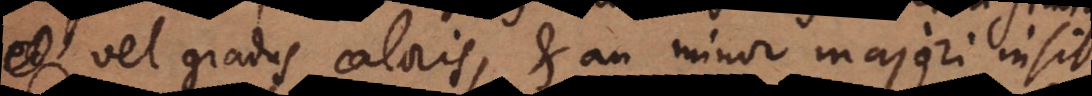
vel gradus caloris, et an minor majori insit?